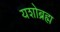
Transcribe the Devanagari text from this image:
यशोब्रह्म